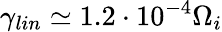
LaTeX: \gamma_{lin}\simeq 1.2\cdot 10^{-4}\Omega_{i}